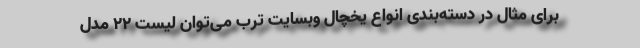
برای مثال در دسته‌بندی انواع یخچال وبسایت ترب می‌توان لیست ۲۲ مدل